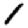
Digit: 1